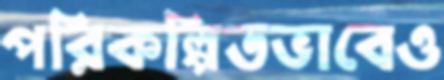
পরিকল্পিতভাবেও